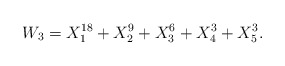
\begin{align*}W_{3} = X_{1}^{18}+X_{2}^{9}+X_{3}^{6}+X_{4}^{3}+X_{5}^{3}.\end{align*}